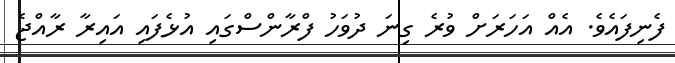
ފެނިފައެވެ. އެއް އަހަރަށް ވުރެ ގިނަ ދުވަހު ފްރާންސްގައި އުޅެފައި އައިރާ ރާއްޖެ